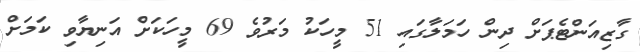
ގާޒިއަންޓެޕަށް ދިން ހަމަލާގައި 51 މީހަކު މަރުވެ 69 މީހަކަށް އަނިޔާވި ކަމަށް